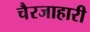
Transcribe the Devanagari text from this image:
चैरजाहारी